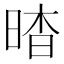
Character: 𣇿